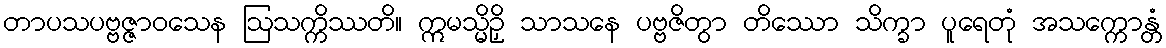
တာပသပဗ္ဗဇ္ဇာဝသေန ဩသက္ကိဿတိ။ ဣမသ္မိဉှိ သာသနေ ပဗ္ဗဇိတွာ တိဿော သိက္ခာ ပူရေတုံ အသက္ကောန္တံ